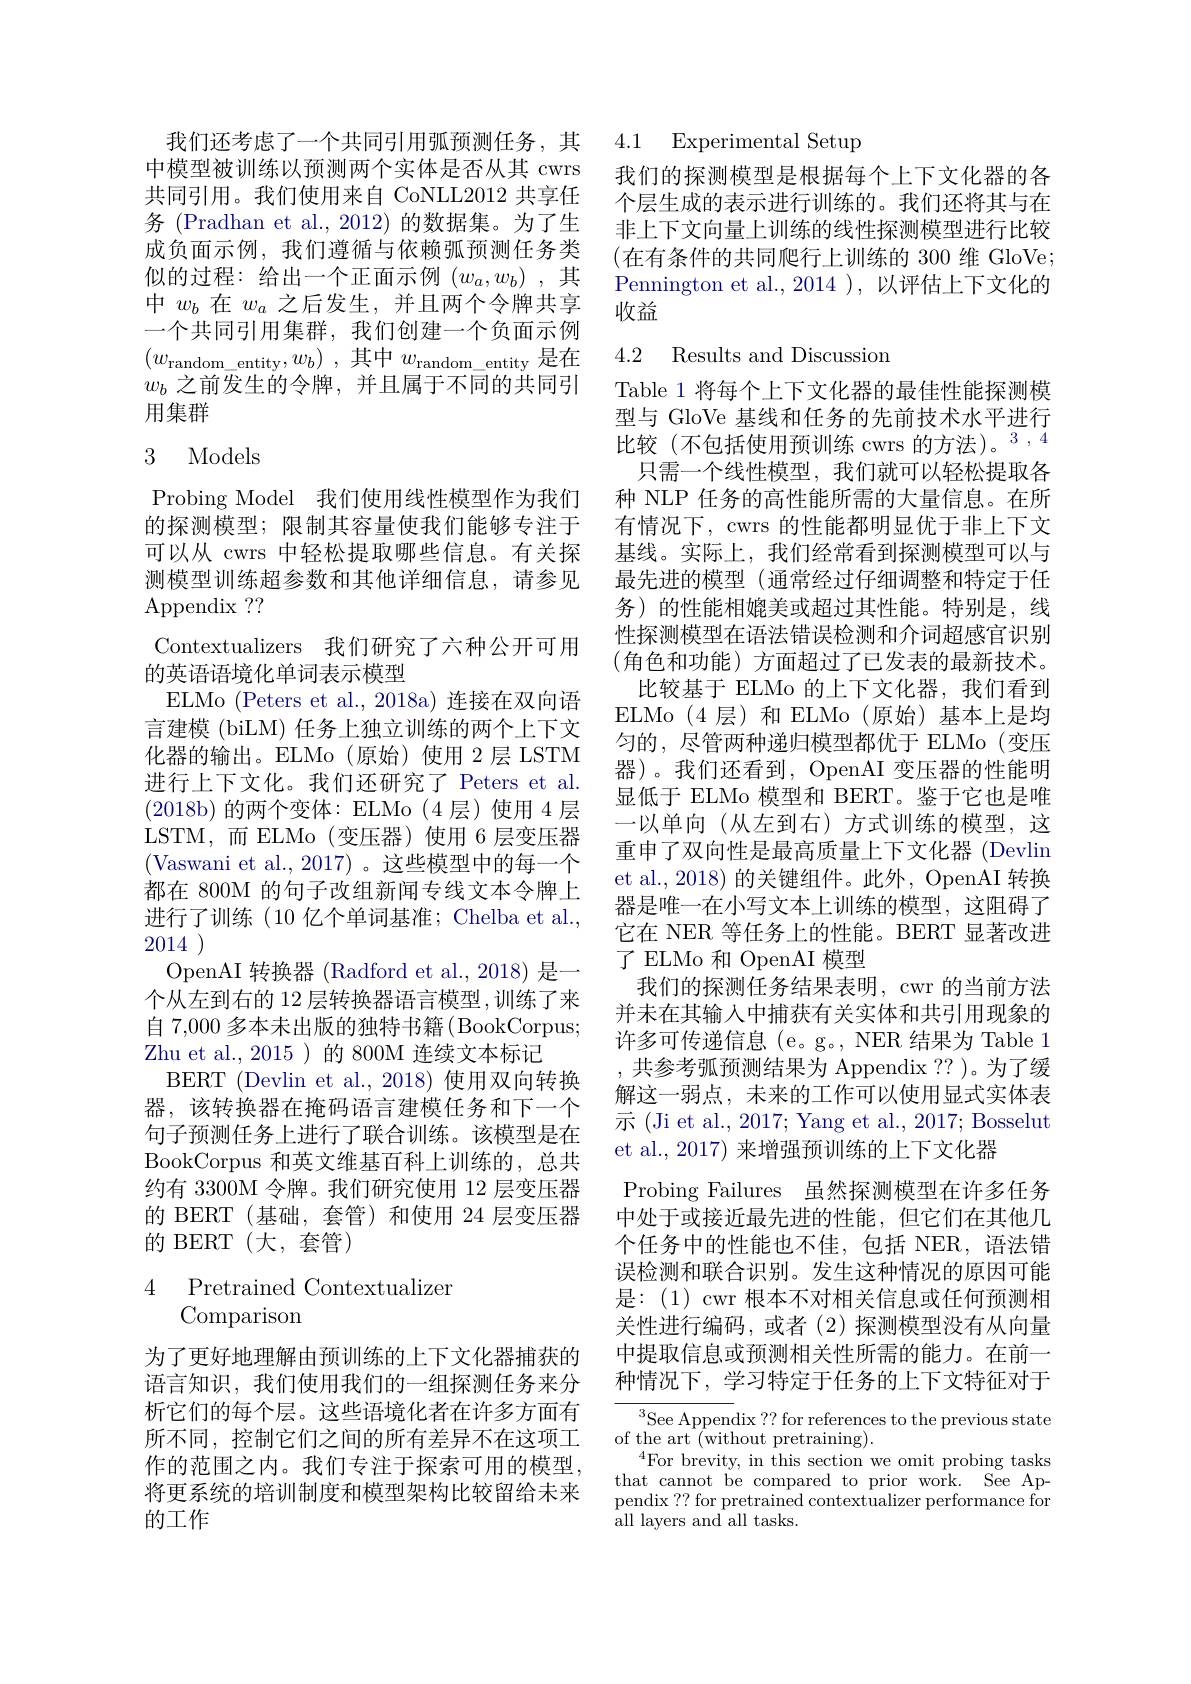
共同引用。我们使用来自 CoNLL2012 共享任务 (Pradhan et al.,2012) 的数据集。为了生成负面示例，我们遵循与依赖弧预测任务类似的过程：给出一个正面示例$(w_a,w_b)$ ,其中$w_b$在$w_a$之后发生，并且两个令牌共享一个共同引用集群，我们创建一个负面示例$( w_{\text{random\_ entity}}, w_b)$ ,其中$w_\text{random\_entity}$是在$w_b$之前发生的令牌，并且属于不同的共同引用集群

## 3 Models

Probing Model 我们使用线性模型作为我们的探测模型；限制其容量使我们能够专注于可以从 cwrs 中轻松提取哪些信息。有关探 基线。实际上，我们经常看到探测模型可以与
测模型训练超参数和其他详细信息，请参见
$\operatorname{Appendix}~??$
Contextualizers 我们研究了六种公开可用
的英语语境化单词表示模型
ELMo (Peters et al., 2018a) 连接在双向语言建模 (biLM) 任务上独立训练的两个上下文化器的输出。ELMo(原始)使用 2层 LSTM 进行上下文化。我们还研究了 Peters et al. (2018b)的两个变体：ELMo(4层)使用4层LSTM,而 ELMo (变压器)使用 6 层变压器(Vaswani et al.,2017)。这些模型中的每一个都在 800M 的句子改组新闻专线文本令牌上进行了训练(10 亿个单词基准；Chelba et al., 2014
OpenAI 转换器 (Radford et al., 2018) 是一个从左到右的 12 层转换器语言模型，训练了来自 7,000 多本未出版的独特书籍 (BookCorpus; Zhu et al., 2015 )的 800M 连续文本标记
BERT ( Devlin et al. , 2018) 使用双向转换器，该转换器在掩码语言建模任务和下一个句子预测任务上进行了联合训练。该模型是在BookCorpus 和英文维基百科上训练的，总共约有 3300M 令牌。我们研究使用 12 层变压器的 BERT(基础，套管)和使用 24 层变压器的 BERT (大，套管)

# Pretrained Contextualizer Comparison

为了更好地理解由预训练的上下文化器捕获的语言知识，我们使用我们的一组探测任务来分析它们的每个层。这些语境化者在许多方面有所不同，控制它们之间的所有差异不在这项工作的范围之内。我们专注于探索可用的模型， 将更系统的培训制度和模型架构比较留给未来的工作

我们还考虑了一个共同引用弧预测任务，其 4.1 Experimental Setup

中模型被训练以预测两个实体是否从其 cwrs 我们的探测模型是根据每个上下文化器的各
个层生成的表示进行训练的。我们还将其与在非上下文向量上训练的线性探测模型进行比较(在有条件的共同爬行上训练的 300 维 GloVe; Pennington et al., 2014 ), 以评估上下文化的收益

## 4.2 Results and Discussion

Table 1 将每个上下文化器的最佳性能探测模型与 GloVe 基线和任务的先前技术水平进行$\overline{\text{比较(不包括使用预训练 cwrs 的方法)。}}^{3,4}$
只需一个线性模型，我们就可以轻松提取各种 NLP 任务的高性能所需的大量信息。在所有情况下，cwrs 的性能都明显优于非上下文最先进的模型(通常经过仔细调整和特定于任务)的性能相媲美或超过其性能。特别是，线性探测模型在语法错误检测和介词超感官识别(角色和功能)方面超过了已发表的最新技术。
比较基于 ELMo 的上下文化器，我们看到ELMo (4 层)和 ELMo (原始) 基本上是均匀的，尽管两种递归模型都优于 ELMo(变压器)。我们还看到，OpenAI 变压器的性能明显低于 ELMo 模型和 BERT。鉴于它也是唯一以单向(从左到右)方式训练的模型，这重申了双向性是最高质量上下文化器(Devlin et al., 2018) 的关键组件。此外，OpenAI 转换器是唯一在小写文本上训练的模型，这阻碍了它在 NER 等任务上的性能。BERT 显著改进了 ELMo 和 OpenAI 模型
我们的探测任务结果表明，cwr 的当前方法并未在其输入中捕获有关实体和共引用现象的许多可传递信息 (e。g。, NER 结果为 Table 1 ,共参考弧预测结果为 Appendix ?? )。为了缓解这一弱点，未来的工作可以使用显式实体表示 (Ji et al., 2017; Yang et al., 2017; Bosselut et al.,2017) 来增强预训练的上下文化器
Probing Failures 虽然探测模型在许多任务中处于或接近最先进的性能，但它们在其他几个任务中的性能也不佳，包括 NER,语法错误检测和联合识别。发生这种情况的原因可能是：(1) cwr 根本不对相关信息或任何预测相关性进行编码，或者(2)探测模型没有从向量中提取信息或预测相关性所需的能力。在前一种情况下，学习特定于任务的上下文特征对于
${\frac{^3\text{See Appen}}{\mathrm{dix~??~for~references~to~the~previous~state}}}$

of the art (without pretraining).
$^{4}$For brevity, in this section we omit probing tasks that cannot be compared to prior work. See Appendix ?? for pretrained contextualizer performance for all layers and all tasks.